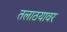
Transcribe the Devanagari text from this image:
तलाठयावर